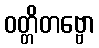
ဝတ္တိတဗ္ဗော